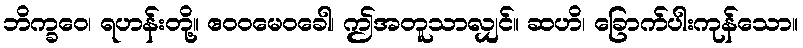
ဘိက္ခဝေ၊ ရဟန်းတို့။ ဧဝဝမေဝခေါ၊ ဤအတူသာလျှင်။ ဆဟိ၊ ခြောက်ပါးကုန်သော။